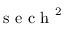
\mathrm { ~ s ~ e ~ c ~ h ~ } ^ { 2 }